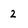
Character: 2